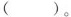
()。